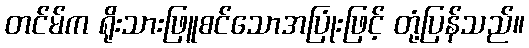
တင်မ်က ရိုးသားဖြူစင်သောအပြုံးဖြင့် တုံ့ပြန်သည်။